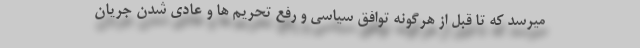
میرسد که تا قبل از هرگونه توافق سیاسی و رفع تحریم ها و عادی شدن جریان